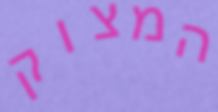
המצוק